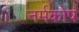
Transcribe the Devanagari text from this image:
नर्मकोष